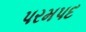
પરમપદ